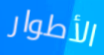
الأطوار